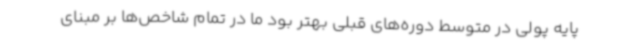
پایه پولی در متوسط دوره‌های قبلی بهتر بود ما در تمام شاخص‌ها بر مبنای